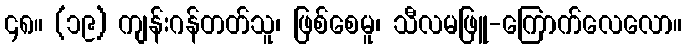
၄၈။ (၁၉) ကျန်းဂန်တတ်သူ၊ ဖြစ်စေမူ၊ သီလမဖြူ-ကြောက်လေလော။